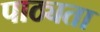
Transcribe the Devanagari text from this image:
पाठ्यता